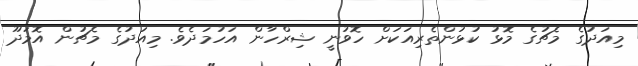
މިއަދުގެ މެޗުގެ މޮޅު ކުޅުންތެރިއަކަށް ހޮވުނީ ޝިރްހާން އަހުމަދެވެ. މިއަދުގެ މެޗުން އޮމަދޫ